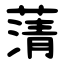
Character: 蔳